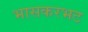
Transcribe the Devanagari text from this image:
भासकरभट